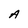
Character: A